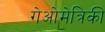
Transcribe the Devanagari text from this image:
गेओमेत्रिकी